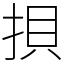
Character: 𢭲